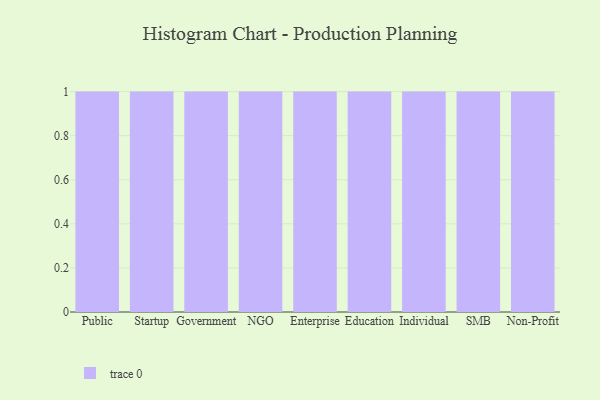
{"axis": {"x": "Segment", "y": "Budget (USD K)"}, "legend": [""], "data": [{"x": "Public", "y": 39, "type": ""}, {"x": "Startup", "y": 90, "type": ""}, {"x": "Government", "y": 83, "type": ""}, {"x": "NGO", "y": 5, "type": ""}, {"x": "Enterprise", "y": 9, "type": ""}, {"x": "Education", "y": 85, "type": ""}, {"x": "Individual", "y": 70, "type": ""}, {"x": "SMB", "y": 20, "type": ""}, {"x": "Non-Profit", "y": 17, "type": ""}]}